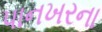
પાનખરના